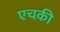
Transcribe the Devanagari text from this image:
एचकी